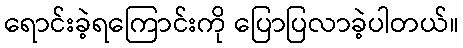
ရောင်းခဲ့ရကြောင်းကို ပြောပြလာခဲ့ပါတယ်။